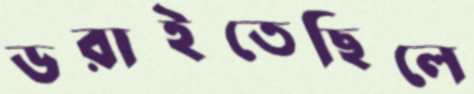
ডরাইতেছিলে